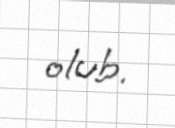
olub.